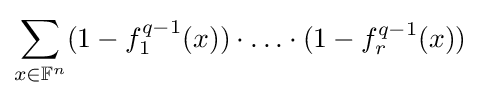
\sum _{x\in \mathbb {F} ^{n}}(1-f_{1}^{q-1}(x))\cdot \ldots \cdot (1-f_{r}^{q-1}(x))